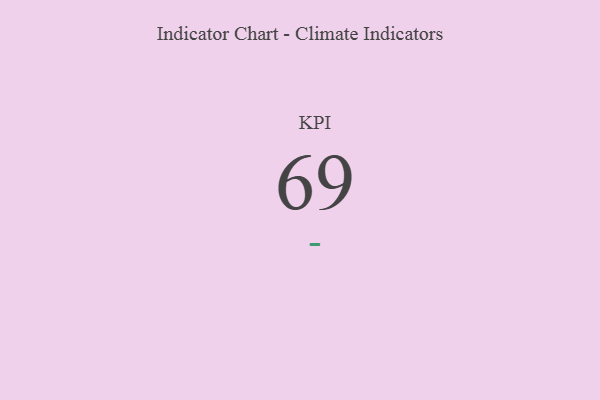
{"axis": {"x": "KPI", "y": "Value"}, "legend": [""], "data": [{"x": "KPI", "y": 69, "type": ""}]}